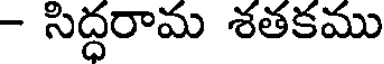
- సిద్ధరామ శతకము